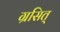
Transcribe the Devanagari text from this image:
ग्रसित्